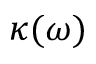
\kappa ( \omega )